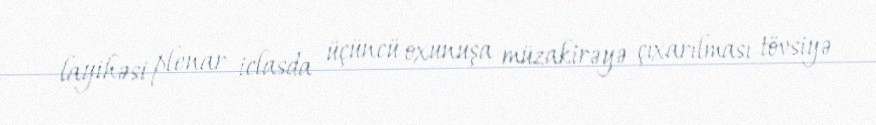
layihəsi plenar iclasda üçüncü oxunuşa müzakirəyə çıxarılması tövsiyə